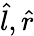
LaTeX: {\hat{l}},{\hat{r}}